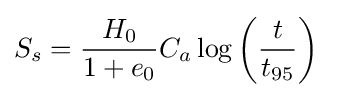
S_{s}={\frac {H_{0}}{1+e_{0}}}C_{a}\log \left({\frac {t}{t_{95}}}\right)\